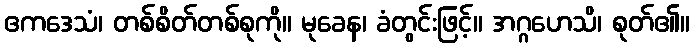
ဧကဒေသံ၊ တစ်စိတ်တစ်စုကို။ မုခေန၊ ခံတွင်းဖြင့်။ အဂ္ဂဟေသိ၊ စုတ်၏။